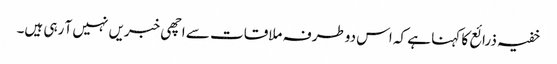
خفیہ ذرائع کا کہنا ہے کہ اس دوطرفہ ملاقات سے اچھی خبریں نہیں آ رہی ہیں۔